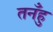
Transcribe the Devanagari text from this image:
तनँहु